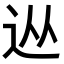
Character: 𨑹